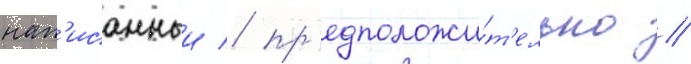
нап'исанныи / пр'едположи́т'ельно /